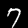
Digit: 7